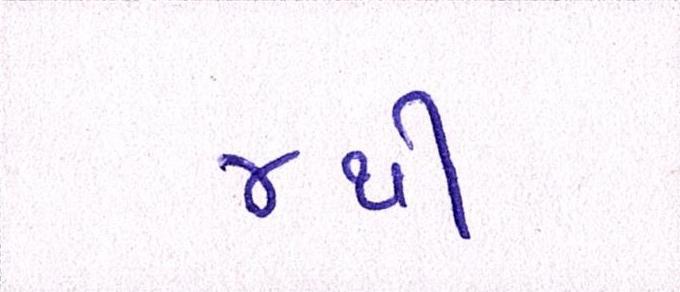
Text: ૪થી